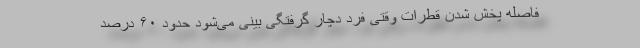
فاصله پخش شدن قطرات وقتی فرد دچار گرفتگی بینی می‌شود حدود ۶۰ درصد